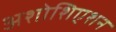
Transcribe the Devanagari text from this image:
अशोशिएशन